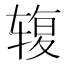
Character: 𰺓